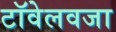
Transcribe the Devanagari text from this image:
टॉवेलवजा